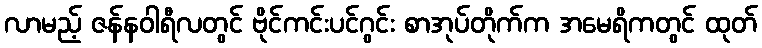
လာမည့် ဇန်နဝါရီလတွင် ဗိုင်ကင်းပင်ဂွင်း စာအုပ်တိုက်က အမေရိကတွင် ထုတ်